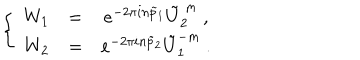
\left\{ ~ \begin{array} { c c c } { { W _ { 1 } } } & { { = } } & { { e ^ { - 2 \pi i n \tilde { p } _ { 1 } } \tilde { U } _ { 2 } ^ { ~ m } ~ , } } \\ { { W _ { 2 } } } & { { = } } & { { e ^ { - 2 \pi i n \tilde { p } _ { 2 } } \tilde { U } _ { 1 } ^ { - m } ~ . } } \\ \end{array} \right.